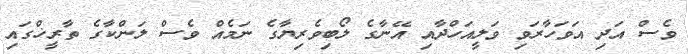
ވެސް އަދި އަވަހާރަވި ވަލީއަހްދާއި އޭނާގެ ލޯބިވެރިޔާގެ ނަމެއް ވެސް ލަންކާގެ ތާރީޚްގައި